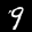
Label: 9